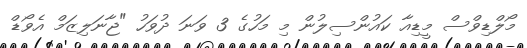
މޯލްޑިވްސް މީޑިއާ ކައުންސިލުން މި މަހުގެ 3 ވަނަ ދުވަހު "ޖާނަލިޒަމް އެވޯޑް